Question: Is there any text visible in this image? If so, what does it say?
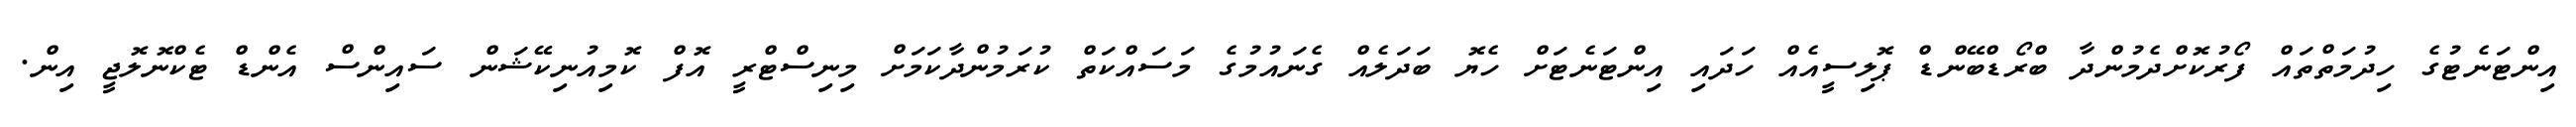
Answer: އިންޓަނެޓުގެ ހިދުމަތްތައް ފޯރުކޮށްދެމުންދާ ބްރޯޑްބޭންޑް ޕޮލިސީއެއް ހަދައި އިންޓަނެޓަށް ހެޔޮ ބަދަލެއް ގެނައުމުގެ މަސައްކަތް ކުރަމުންދާކަމަށް މިނިސްޓްރީ އޮފް ކޮމިއުނިކޭޝަން ސައިންސް އެންޑް ޓެކްނޮލޮޖީ އިން.